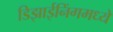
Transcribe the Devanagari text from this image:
डिझाईनिंगमध्ये